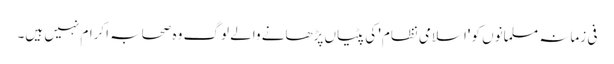
فی زمانہ مسلمانوں کو 'اسلامی نظام' کی پٹیاں پڑھانے والے لوگ وہ صحابہ اکرام نہیں ہیں۔